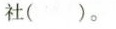
社（）。